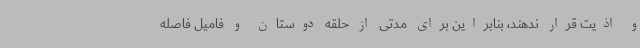
و اذیت قرار ندهند، بنابراین برای مدتی از حلقه دوستان و فامیل فاصله